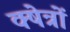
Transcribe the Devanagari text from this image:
क्ष्‍ोत्रों